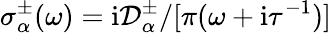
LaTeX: \sigma_{\alpha}^{\pm}(\omega)=\mathrm{i}\mathcal{D}_{\alpha}^{\pm}/[\pi(\omega+\mathrm{i}\tau^{-1})]